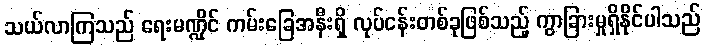
သယ်လာကြသည် ရေးမဏ္ဍိုင် ကမ်းခြေအနီးရှိ လုပ်ငန်းတစ်ခုဖြစ်သည့် ကွာခြားမှုရှိနိုင်ပါသည်